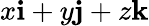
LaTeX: x{\mathbf i}+y{\mathbf j}+z{\mathbf k}